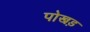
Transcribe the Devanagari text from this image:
पोखड़